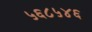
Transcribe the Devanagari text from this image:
५६८५४६